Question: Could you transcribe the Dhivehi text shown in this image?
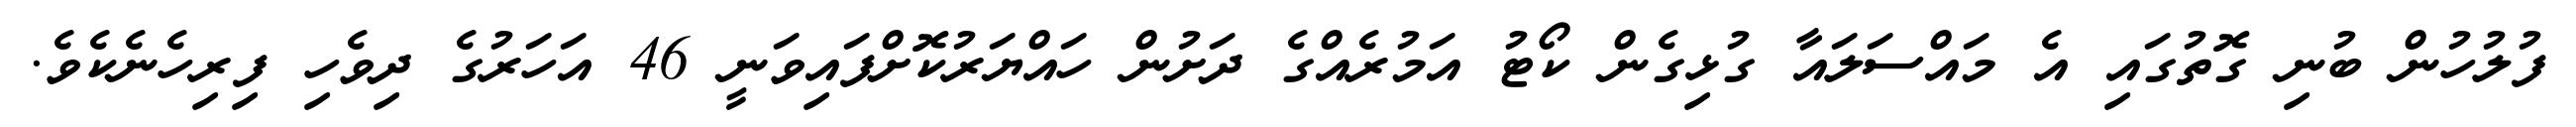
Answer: ފުލުހުން ބުނި ގޮތުގައި އެ މައްސަލައާ ގުޅިގެން ކޯޓު އަމުރެއްގެ ދަށުން ހައްޔަރުކޮށްފައިވަނީ 46 އަހަރުގެ ދިވެހި ފިރިހެނެކެވެ.